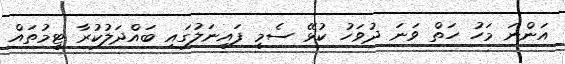
އަންނަ މަހު ހަތް ވަނަ ދުވަހު ކުޅޭ ސެމީ ފައިނަލުގައި ބައްދަލުކުރާ ޓީމުތައް